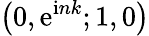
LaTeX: \left(0,\mathrm{e}^{\mathrm{i}nk};1,0\right)